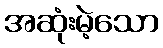
အဆုံးမဲ့သော